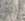
تلك